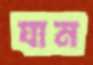
যান